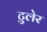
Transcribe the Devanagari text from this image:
टुलेर